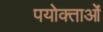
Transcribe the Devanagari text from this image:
पयोक्ताओं